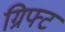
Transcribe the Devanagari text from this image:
ग्रिफ्ट